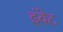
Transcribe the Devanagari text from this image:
इंवेट